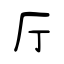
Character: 厅